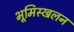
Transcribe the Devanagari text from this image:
भूमिस्खलन